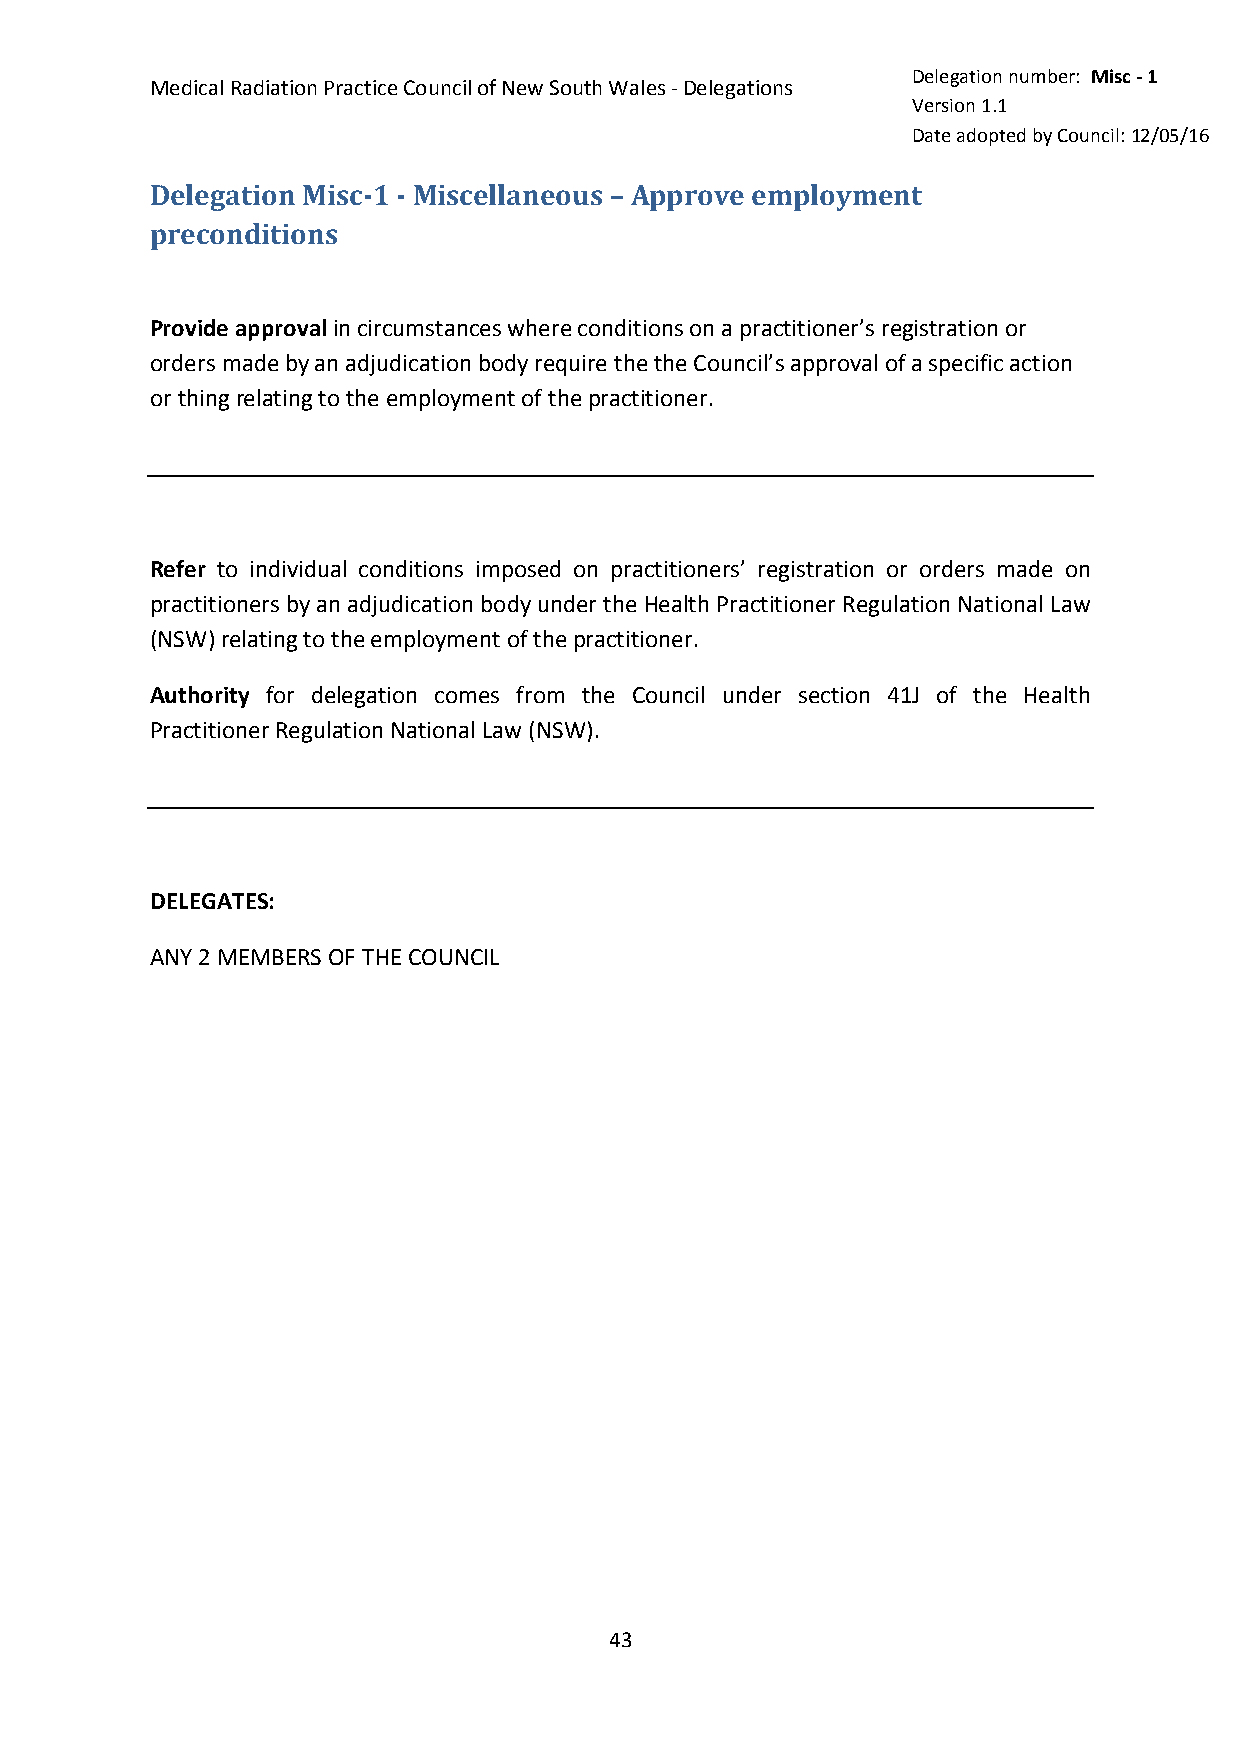
Delegation number: Misc - 1
 Medical Radiation Practice Council of New South Wales - Delegations
 Version 1.1
 Date adopted by Council: 12/05/16
 Delegation Misc-1 - Miscellaneous – Approve employment
 preconditions
 Provide approval in circumstances where conditions on a practitioner’s registration or
 orders made by an adjudication body require the the Council’s approval of a specific action
 or thing relating to the employment of the practitioner.
 Refer to individual conditions imposed on practitioners’ registration or orders made on
 practitioners by an adjudication body under the Health Practitioner Regulation National Law
 (NSW) relating to the employment of the practitioner.
 Authority for delegation comes from the Council under section 41J of the Health
 Practitioner Regulation National Law (NSW).
 DELEGATES:
 ANY 2 MEMBERS OF THE COUNCIL
 43